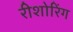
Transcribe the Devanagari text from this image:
रीशोरिंग